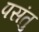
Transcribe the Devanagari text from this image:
पसंतु